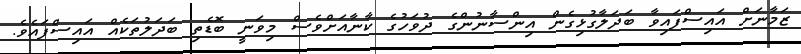
ޒަމާނަށް އައިސްފައިވާ ބަދަލާގުޅިގެން އިންސާނުންގެ ދުވަހުގެ ކާނާއަށްވެސް މިވަނީ ބޮޑެތި ބަދަލުތަކެއް އައިސްފައެވެ.